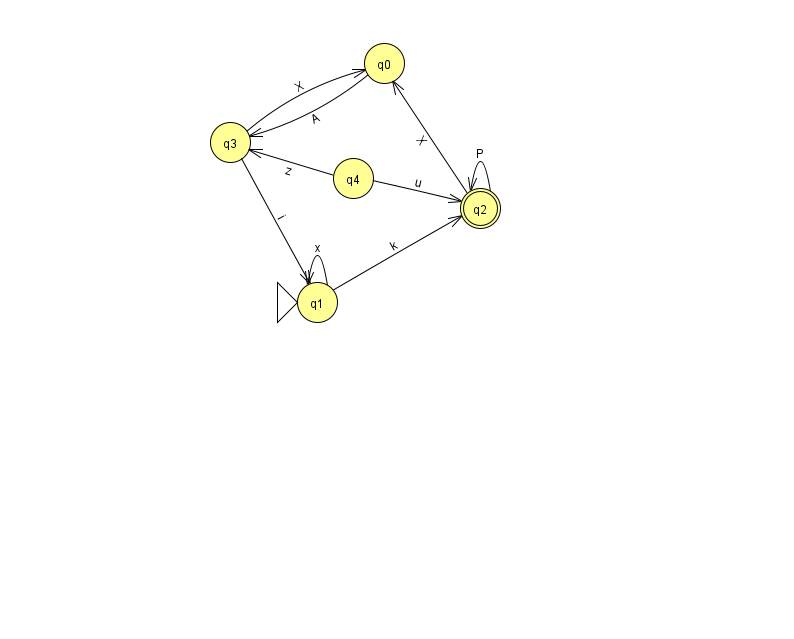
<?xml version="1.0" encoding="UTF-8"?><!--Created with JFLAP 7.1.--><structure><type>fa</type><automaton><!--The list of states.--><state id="0" name="q0"><x>384.0</x><y>50.0</y></state><state id="1" name="q1"><x>317.0</x><y>289.0</y><initial/></state><state id="2" name="q2"><x>480.0</x><y>195.0</y><final/></state><state id="3" name="q3"><x>230.0</x><y>129.0</y></state><state id="4" name="q4"><x>353.0</x><y>165.0</y></state><!--The list of transitions.--><transition><from>2</from><to>2</to><read>P</read></transition><transition><from>3</from><to>0</to><read>X</read></transition><transition><from>3</from><to>1</to><read>i</read></transition><transition><from>1</from><to>1</to><read>x</read></transition><transition><from>1</from><to>2</to><read>k</read></transition><transition><from>4</from><to>3</to><read>z</read></transition><transition><from>0</from><to>3</to><read>A</read></transition><transition><from>2</from><to>0</to><read>X</read></transition><transition><from>4</from><to>2</to><read>u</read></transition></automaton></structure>